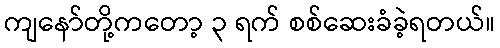
ကျနော်တို့ကတော့ ၃ ရက် စစ်ဆေးခံခဲ့ရတယ်။